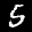
Label: 5